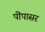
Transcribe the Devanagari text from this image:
पींपासर